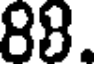
88.